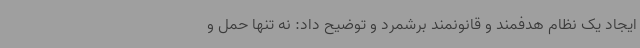
ایجاد یک نظام هدفمند و قانونمند برشمرد و توضیح داد: نه تنها حمل و